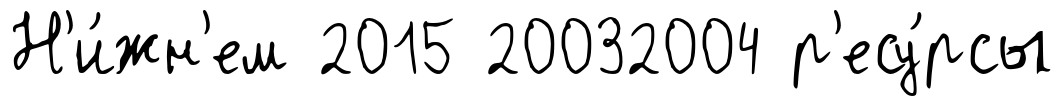
Н'и́жн'ем 2015 20032004 р'есу́рсы